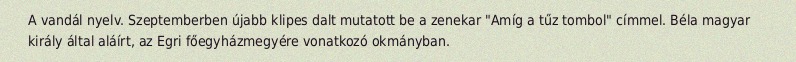
A vandál nyelv. Szeptemberben újabb klipes dalt mutatott be a zenekar "Amíg a tűz tombol" címmel. Béla magyar király által aláírt, az Egri főegyházmegyére vonatkozó okmányban.